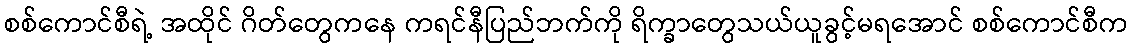
စစ်ကောင်စီရဲ့ အထိုင် ဂိတ်တွေကနေ ကရင်နီပြည်ဘက်ကို ရိက္ခာတွေသယ်ယူခွင့်မရအောင် စစ်ကောင်စီက